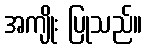
အကျိုး ပြုသည်။